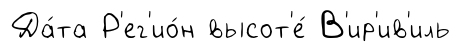
Да́та Р'ег'ио́н высот'е́ В'ир'ив'иль